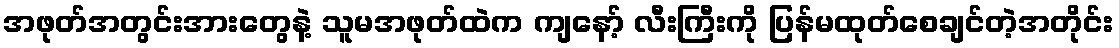
အဖုတ်အတွင်းအားတွေနဲ့ သူမအဖုတ်ထဲက ကျနော့် လီးကြီးကို ပြန်မထုတ်စေချင်တဲ့အတိုင်း